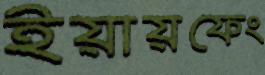
ইয়ায়ফেং